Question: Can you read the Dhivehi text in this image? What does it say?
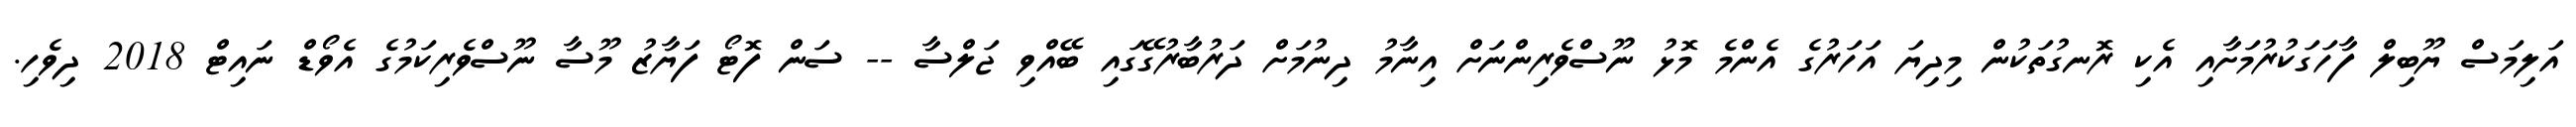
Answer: އަލިމަސް ޔޫބިލް ފާހަގަކުރުމަށާއި އެކި ރޮނގުތަކުން މިދިޔަ އަހަރުގެ އެންމެ މޮޅު ނޫސްވެރިންނަށް އިނާމު ދިނުމަށް ދަރުބާރުގޭގައި ބޭއްވި ޖަލްސާ -- ސަން ފޮޓޯ ފަޔާޒު މޫސާ ނޫސްވެރިކަމުގެ އެވޯޑް ނައިޓް 2018 ދިވެހި.